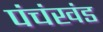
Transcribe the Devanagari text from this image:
पंचंखंड